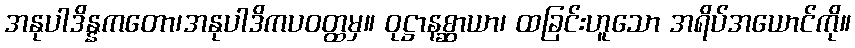
အနုပါဒိန္နကတော၊အနုပါဒိကပဝတ္ထမှ။ ဝုဋ္ဌာနစ္ဆာယာ၊ ထခြင်းဟူသော အရိပ်အယောင်ကို။